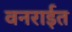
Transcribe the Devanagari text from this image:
वनरार्इत